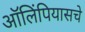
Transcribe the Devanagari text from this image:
ऑलिंपियासचे